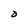
Character: D